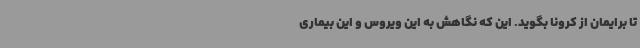
تا برایمان از کرونا بگوید. این که نگاهش به این ویروس و این بیماری